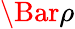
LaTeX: \Bar{\rho}